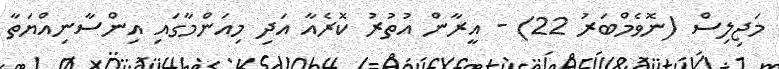
މަޖިލިސް (ނޮވެމްބަރު 22) - އީރާން އުތުރު ކޮރެއާ އަދި މިއަންމާގައި އިންސާނިއްޔަތާ